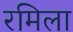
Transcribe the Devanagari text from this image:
रमिला